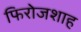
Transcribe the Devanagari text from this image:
फिरोजशाह